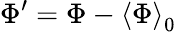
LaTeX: \Phi^{\prime}=\Phi-\left\langle\Phi\right\rangle_{0}